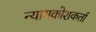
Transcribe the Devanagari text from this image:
न्यायकोशकर्ता